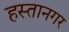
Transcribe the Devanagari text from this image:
हस्तानगर